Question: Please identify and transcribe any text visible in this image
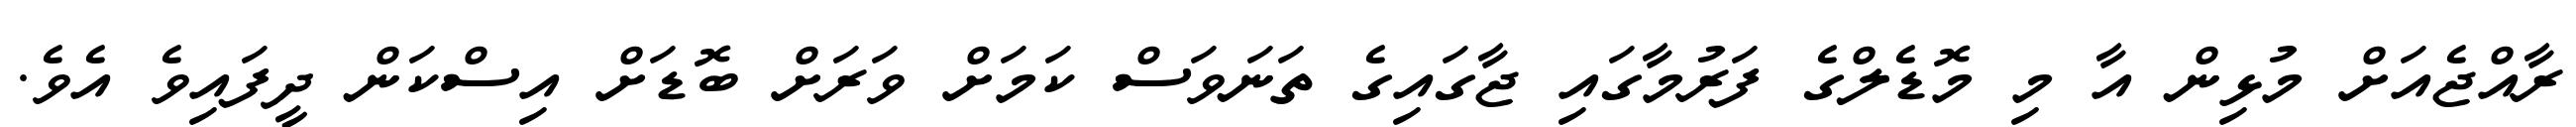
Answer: ރާއްޖެއަށް މުޅިން އާ މި މޮޑެލްގެ ފަރުމާގައި ޖާގައިގެ ތަނަވަސް ކަމަށް ވަރަށް ބޮޑަށް އިސްކަން ދީފައިވެ އެވެ.